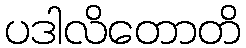
ပဒါလိတောတိ